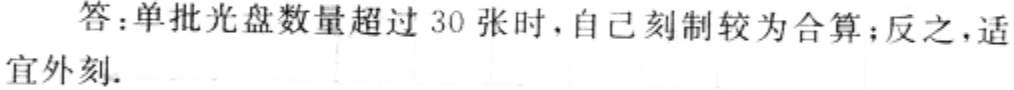
答：单批光盘数量超过 30 张时，自己刻制较为合算；反之，适宜外刻.